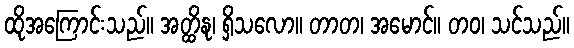
ထိုအကြောင်းသည်။ အတ္ထိနု၊ ရှိသလော။ တာတ၊ အမောင်။ တဝ၊ သင်သည်။